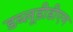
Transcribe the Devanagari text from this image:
डब्लूडीडीएम